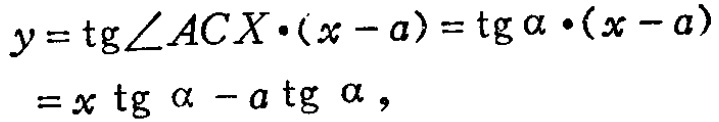
\[
\begin{align*}
y&=\tg\angle ACX\cdot(x - a)=\tg\alpha\cdot(x - a)\\
&=x\tg\alpha - a\tg\alpha,
\end{align*}
\]